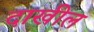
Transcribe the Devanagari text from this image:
दाखील